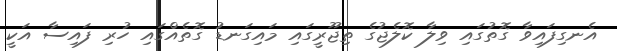
އެނގިފައިވާ ގޮތުގައި ވިލާ ކޮލެޖުގެ ތިޖޫރީގައި މައިގަނޑު ގޮތެއްގައި ހުރި ފައިސާ އަކީ